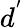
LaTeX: d^{'}